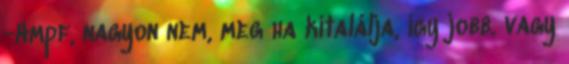
-Hmpf, nagyon nem, meg ha kitalálja, így jobb. vagy